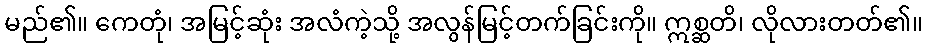
မည်၏။ ကေတုံ၊ အမြင့်ဆုံး အလံကဲ့သို့ အလွန်မြင့်တက်ခြင်းကို။ ဣစ္ဆတိ၊ လိုလားတတ်၏။